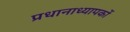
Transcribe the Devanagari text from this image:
प्रधानाध्यापकों